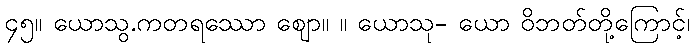
၄၅။ ယောသွ.ကတရဿော ဈော။ ။ ယောသု- ယော ဝိဘတ်တို့ကြောင့်၊